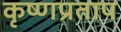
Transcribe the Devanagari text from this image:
कृष्णप्रताप